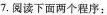
7.阅读下面两个程序：